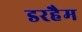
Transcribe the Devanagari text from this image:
डरहैम